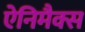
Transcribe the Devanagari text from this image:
ऐनिमैक्स